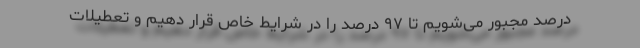
درصد مجبور می‌شویم تا ۹۷ درصد را در شرایط خاص قرار دهیم و تعطیلات